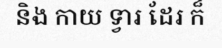
និង កាយ ទ្វារ ដែរ ក៏